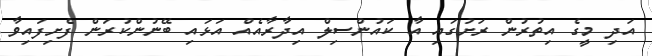
އަދި މީގެ އިތުރުން ރަށުގައި އާ ކައުންސިލް އިދާރާއެއް އަޅައި ބޭނުންކުރަން ފެށިފައިވާ